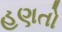
હણતો